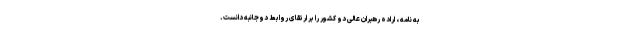
به نامه ، اراده رهبران عالی دو کشور را بر ارتقای روابط دوجانبه دانست.